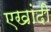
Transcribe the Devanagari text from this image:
एखांदी